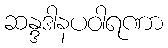
ဆန္ဒဒါနပဝါရဏာ